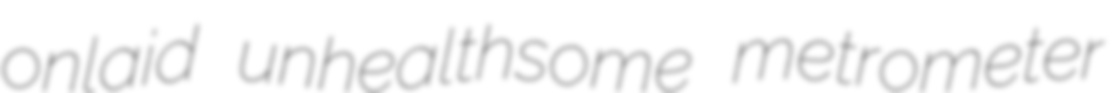
onlaid unhealthsome metrometer